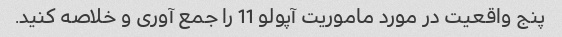
پنج واقعیت در مورد ماموریت آپولو 11 را جمع آوری و خلاصه کنید.